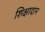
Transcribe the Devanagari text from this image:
शिक्षादान